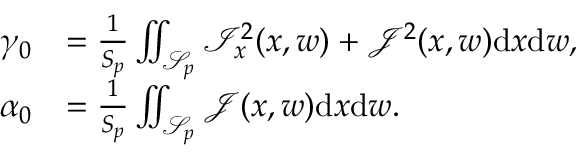
\begin{array} { r l } { \gamma _ { 0 } } & { = \frac { 1 } { S _ { p } } \iint _ { \mathcal { S } _ { p } } \mathcal { I } _ { x } ^ { 2 } ( x , w ) + \mathcal { J } ^ { 2 } ( x , w ) \mathrm { d } x \mathrm { d } w , } \\ { \alpha _ { 0 } } & { = \frac { 1 } { S _ { p } } \iint _ { \mathcal { S } _ { p } } \mathcal { J } ( x , w ) \mathrm { d } x \mathrm { d } w . } \end{array}